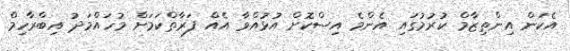
އެކަން އިންތިޒާމް ކުރުމުގައި އެންމެ އިސްކޮށް އުޅުއްވާ އެއް ފަރާތްކަމަށް މުހައްމަދު އިބްރާހިމް